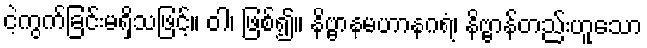
ငဲ့ကွက်ခြင်းမရှိသဖြင့်။ ဝါ၊ ဖြစ်၍။ နိဗ္ဗာနမဟာနဂရံ၊ နိဗ္ဗာန်တည်းဟူသော